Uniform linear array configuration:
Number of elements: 48
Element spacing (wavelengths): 1
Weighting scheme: cosine
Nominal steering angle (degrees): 30
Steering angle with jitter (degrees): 30.083
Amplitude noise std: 0.05
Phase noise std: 0.05

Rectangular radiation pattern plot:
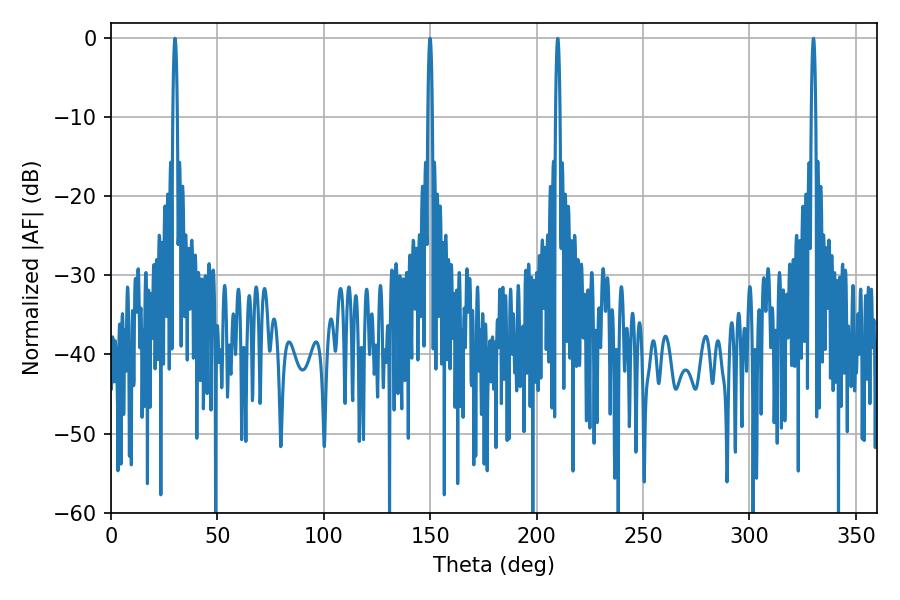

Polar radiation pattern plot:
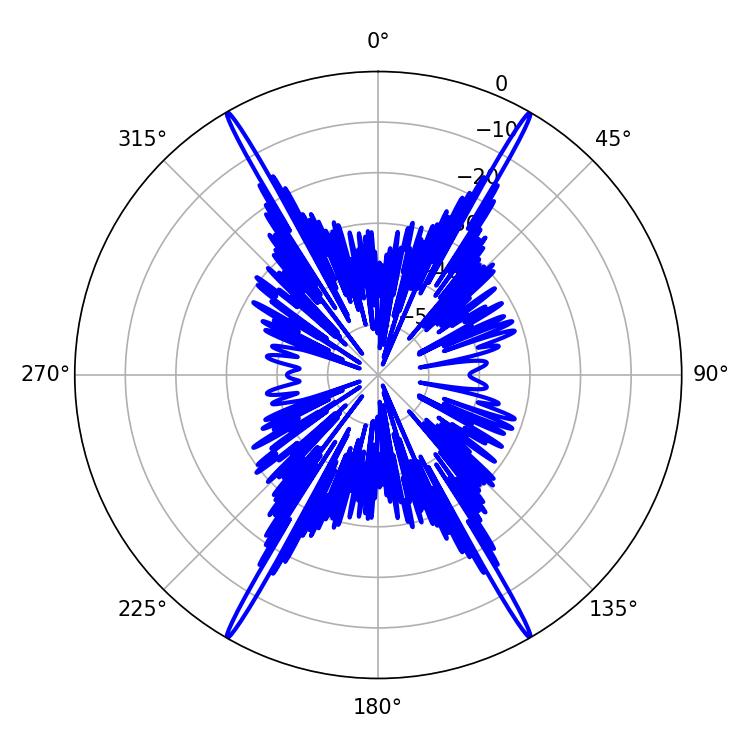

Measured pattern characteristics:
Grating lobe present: TRUE
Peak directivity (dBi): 39.407
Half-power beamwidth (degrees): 1.08
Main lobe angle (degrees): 30.06